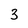
Character: 3